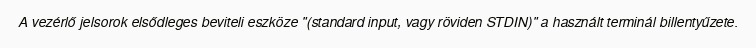
A vezérlő jelsorok elsődleges beviteli eszköze "(standard input, vagy röviden STDIN)" a használt terminál billentyűzete.